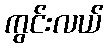
ကွင်းလယ်